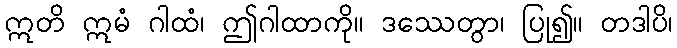
ဣတိ ဣမံ ဂါထံ၊ ဤဂါထာကို။ ဒဿေတွာ၊ ပြု၍။ တဒါပိ၊